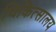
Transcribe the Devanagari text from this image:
चिकित्‍सालय